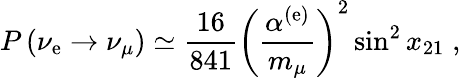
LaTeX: P\left(\nu_{\mathrm{e}}\rightarrow\nu_{\mu}\right)\simeq\frac{{16}}{{841}}\left(\frac{{\alpha^{(\mathrm{e})}}}{{m_{\mu}}}\right)^{2}\sin^{2}x_{21}\; ,